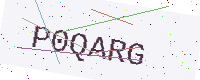
Text: P0QARG